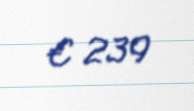
€ 239